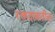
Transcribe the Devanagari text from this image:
रक्तदाबातील